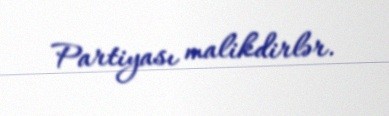
Partiyası malikdirlər.